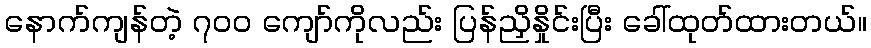
နောက်ကျန်တဲ့ ၇၀၀ ကျော်ကိုလည်း ပြန်ညှိနှိုင်းပြီး ခေါ်ထုတ်ထားတယ်။